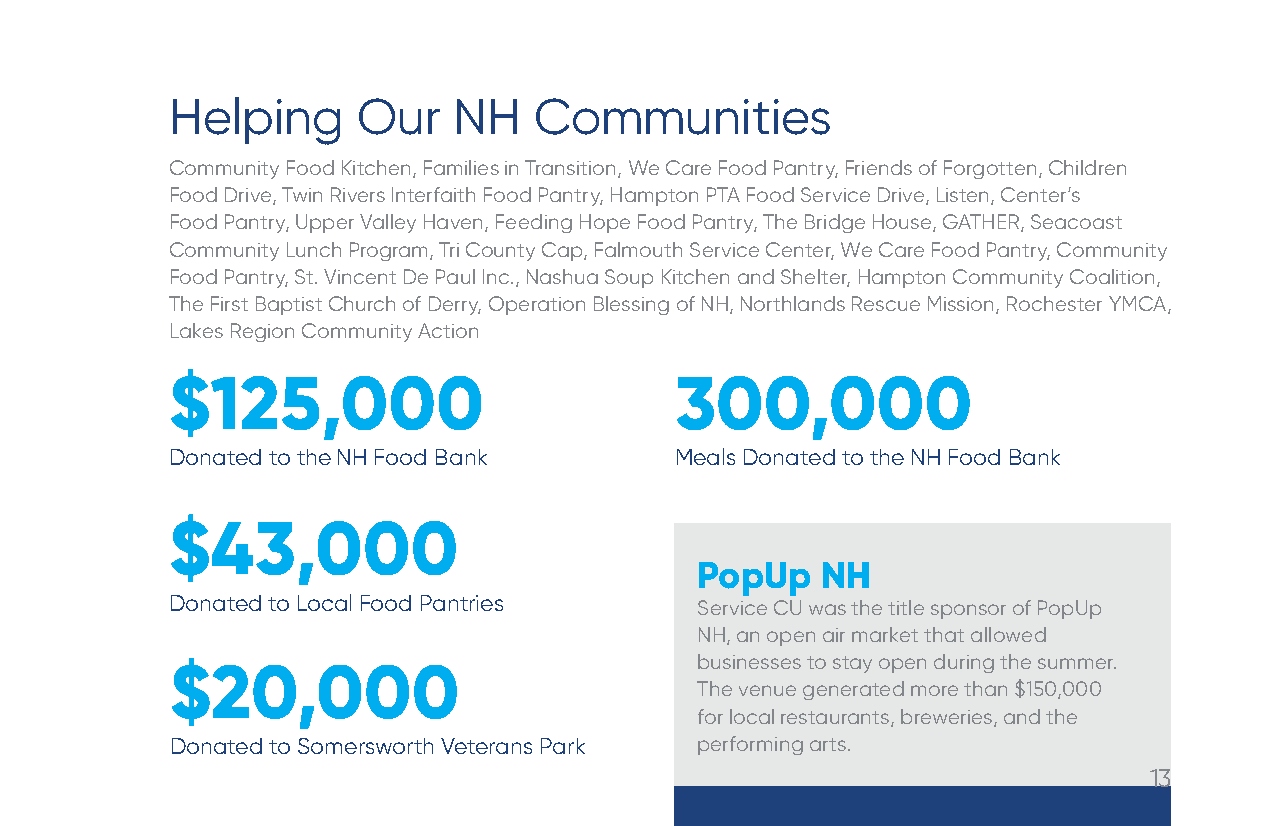
Helping      Our   NH   Communities
 Community Food Kitchen, Families in Transition, We Care Food Pantry, Friends of Forgotten, Children
 Food Drive, Twin Rivers Interfaith Food Pantry, Hampton PTA Food Service Drive, Listen, Center’s
 Food Pantry, Upper Valley Haven, Feeding Hope Food Pantry, The Bridge House, GATHER, Seacoast
 Community Lunch Program, Tri County Cap, Falmouth Service Center, We Care Food Pantry, Community
 Food Pantry, St. Vincent De Paul Inc., Nashua Soup Kitchen and Shelter, Hampton Community Coalition,
 The First Baptist Church of Derry, Operation Blessing of NH, Northlands Rescue Mission, Rochester YMCA,
 Lakes Region Community Action
 $125,000                          300,000
 Donated to the NH Food Bank       Meals Donated to the NH Food Bank
 $43,000
 PopUp   NH
 Donated to Local Food Pantries     Service CU was the title sponsor of PopUp
 NH, an open air market that allowed
 businesses to stay open during the summer.
 $20,000
 The venue generated more than $150,000
 for local restaurants, breweries, and the
 Donated to Somersworth Veterans Park performing arts.
 13